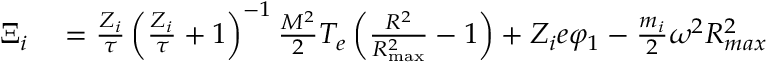
\begin{array} { r l } { \Xi _ { i } } & { { } = \frac { Z _ { i } } { \tau } \left( \frac { Z _ { i } } { \tau } + 1 \right) ^ { - 1 } \frac { M ^ { 2 } } { 2 } T _ { e } \left( \frac { R ^ { 2 } } { R _ { \mathrm { m a x } } ^ { 2 } } - 1 \right) + Z _ { i } e \varphi _ { 1 } - \frac { m _ { i } } { 2 } \omega ^ { 2 } R _ { m a x } ^ { 2 } } \end{array}